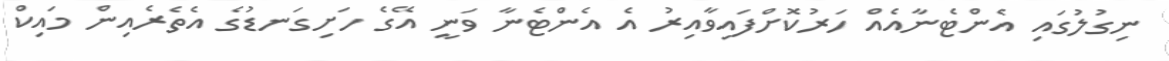
ނިގުލުގައި އެންޓެނާއެއް ހަރުކޮށްފައިވާއިރު އެ އެންޓެނާ ވަނީ އޭގެ ހަށިގަނޑުގެ އެތެރެއިން މައިކް